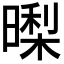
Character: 𭧜